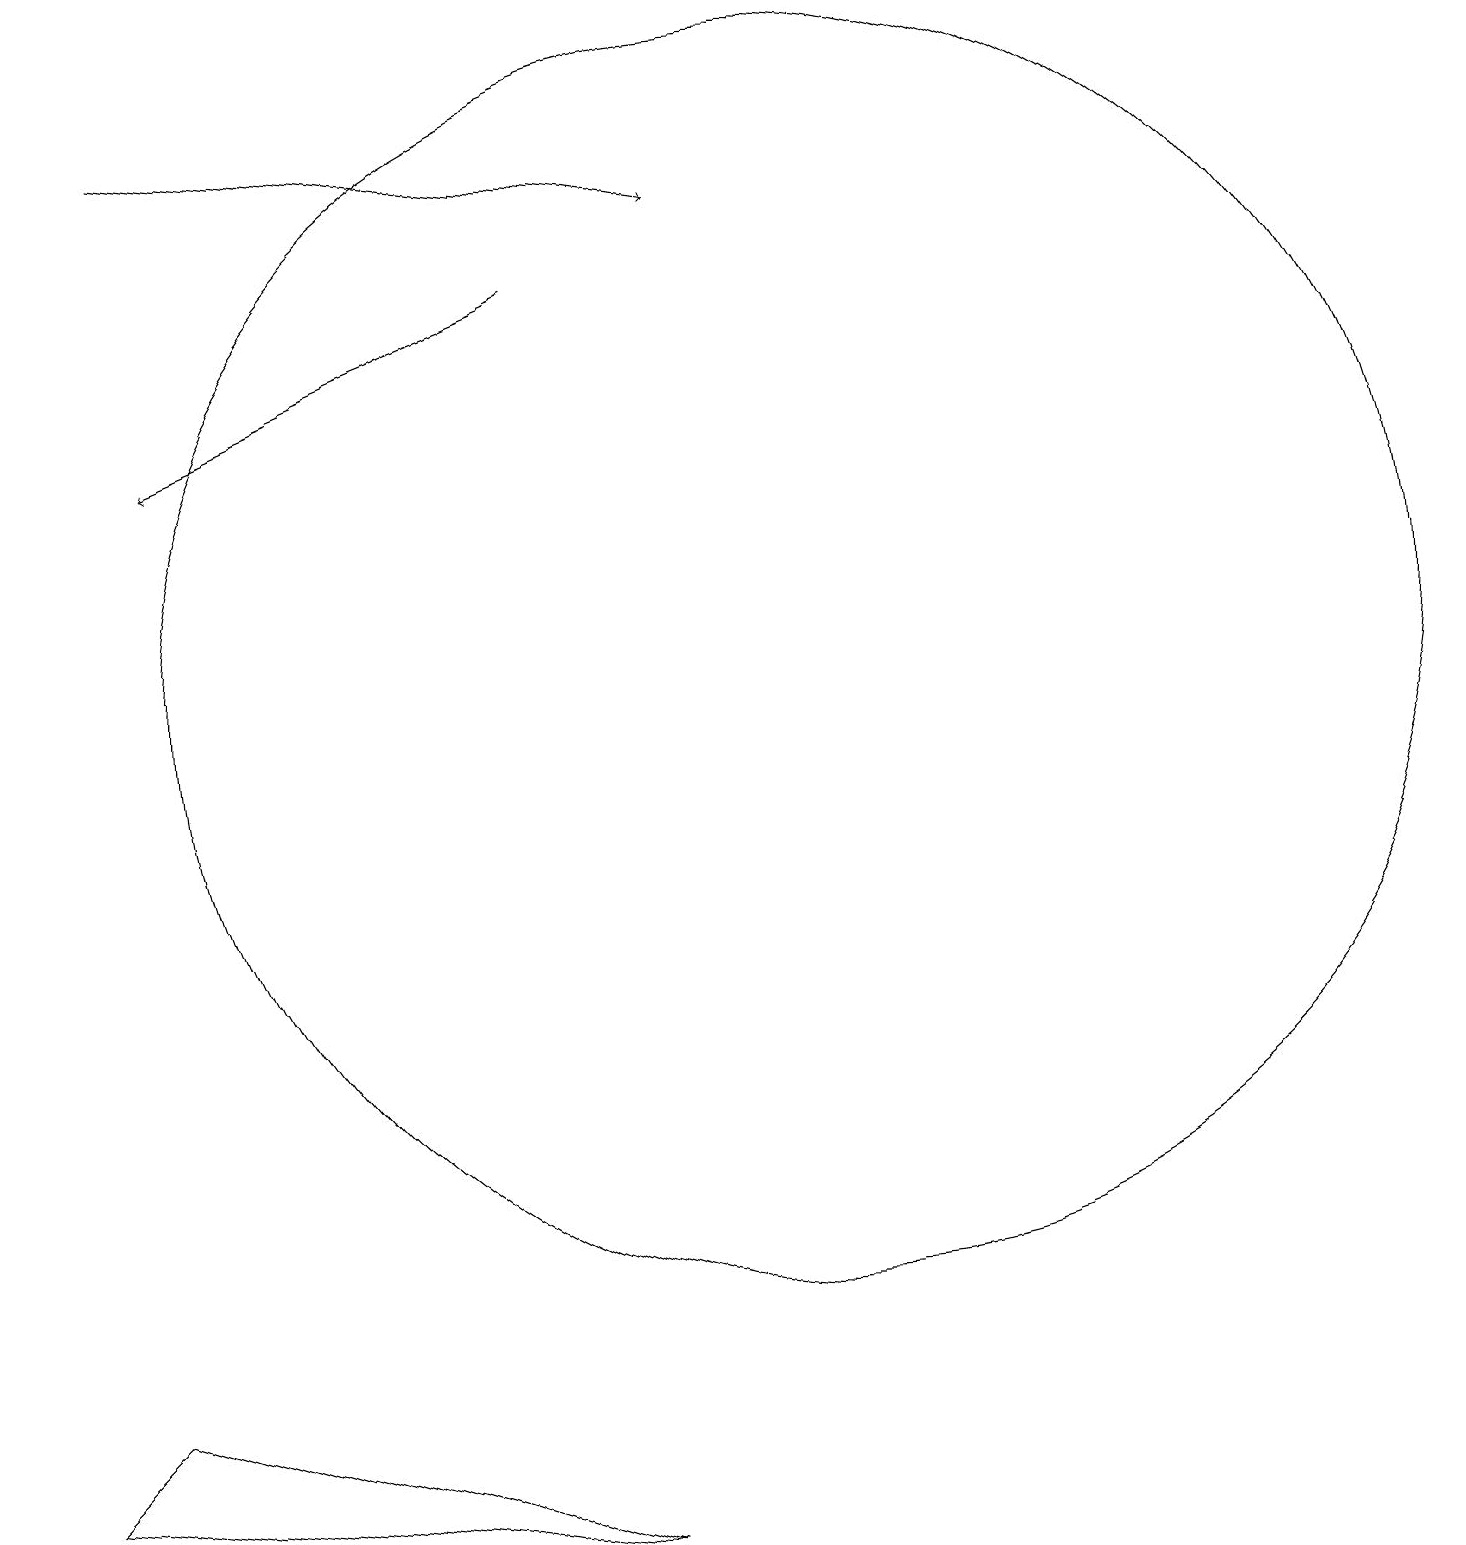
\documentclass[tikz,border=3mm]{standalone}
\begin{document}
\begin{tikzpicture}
\draw (11,11) circle (0);
\draw[->] (7,16) -- (2,14);
\draw (0,1) -- (1,2) -- (7,0) -- cycle;
\draw[->] (2,18) -- (9,17);
\draw (10,11) circle (8);
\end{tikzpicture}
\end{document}